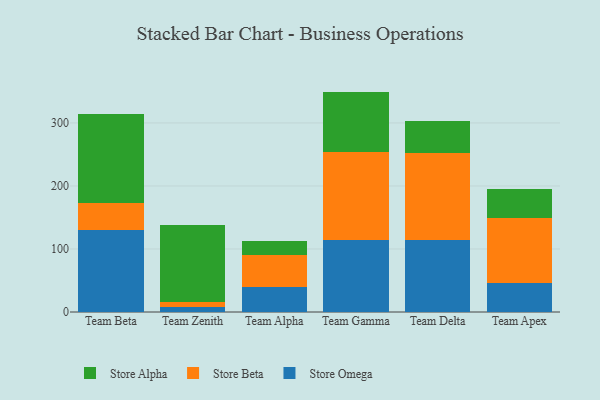
{"axis": {"x": "Team", "y": "Shipments"}, "legend": ["Store Alpha", "Store Beta", "Store Omega"], "data": [{"x": "Team Beta", "y": 130.4, "type": "Store Omega"}, {"x": "Team Beta", "y": 43.2, "type": "Store Beta"}, {"x": "Team Beta", "y": 139.9, "type": "Store Alpha"}, {"x": "Team Zenith", "y": 8.5, "type": "Store Omega"}, {"x": "Team Zenith", "y": 7.8, "type": "Store Beta"}, {"x": "Team Zenith", "y": 122.4, "type": "Store Alpha"}, {"x": "Team Alpha", "y": 39.4, "type": "Store Omega"}, {"x": "Team Alpha", "y": 50.3, "type": "Store Beta"}, {"x": "Team Alpha", "y": 22.9, "type": "Store Alpha"}, {"x": "Team Gamma", "y": 114.2, "type": "Store Omega"}, {"x": "Team Gamma", "y": 138.9, "type": "Store Beta"}, {"x": "Team Gamma", "y": 96.6, "type": "Store Alpha"}, {"x": "Team Delta", "y": 113.7, "type": "Store Omega"}, {"x": "Team Delta", "y": 138.2, "type": "Store Beta"}, {"x": "Team Delta", "y": 50.5, "type": "Store Alpha"}, {"x": "Team Apex", "y": 46.5, "type": "Store Omega"}, {"x": "Team Apex", "y": 102.2, "type": "Store Beta"}, {"x": "Team Apex", "y": 46.6, "type": "Store Alpha"}]}